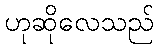
ဟုဆိုလေသည်